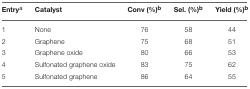
<table><thead><tr><td><b>Entry<sup>a</sup></b></td><td><b>Catalyst</b></td><td><b>Conv (%)<sup>b</sup></b></td><td><b>Sel. (%)<sup>b</sup></b></td><td><b>Yield (%)<sup>b</sup></b></td></tr></thead><tbody><tr><td>1</td><td>None</td><td>76</td><td>58</td><td>44</td></tr><tr><td>2</td><td>Graphene</td><td>75</td><td>68</td><td>51</td></tr><tr><td>3</td><td>Graphene oxide</td><td>80</td><td>66</td><td>53</td></tr><tr><td>4</td><td>Sulfonated graphene oxide</td><td>83</td><td>75</td><td>62</td></tr><tr><td>5</td><td>Sulfonated graphene</td><td>86</td><td>64</td><td>55</td></tr></tbody></table>